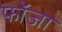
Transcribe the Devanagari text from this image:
फॉजा